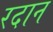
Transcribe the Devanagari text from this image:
रदान